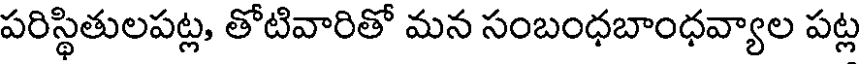
పరిస్థితులపట్ల, తోటివారితో మన సంబంధబాంధవ్యాల పట్ల